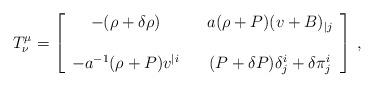
LaTeX: \begin{align*}T^\mu_\nu =\left[\begin{array}{ccc}-(\rho+\delta\rho) & & a(\rho+P) ( v +B )_{|j} \\ &&\\-a^{-1}(\rho+P)v^{|i} & & (P+\delta P)\delta^i_j + \delta\pi^i_j\end{array}\right] \,,\end{align*}